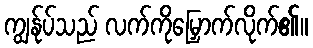
ကျွန်ုပ်သည် လက်ကိုမြှောက်လိုက်၏။